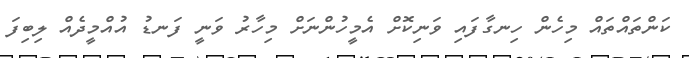
ކަންތައްތައް މިހެން ހިނގާފައި ވަނިކޮށް އެމީހުންނަށް މިހާރު ވަނީ ފަނޑު އުއްމީދެއް ލިބިފަ